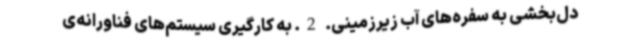
دل‌بخشی به سفره‌های آب زیرزمینی. 2. به کارگیری سیستم‌های فناورانه‌ی